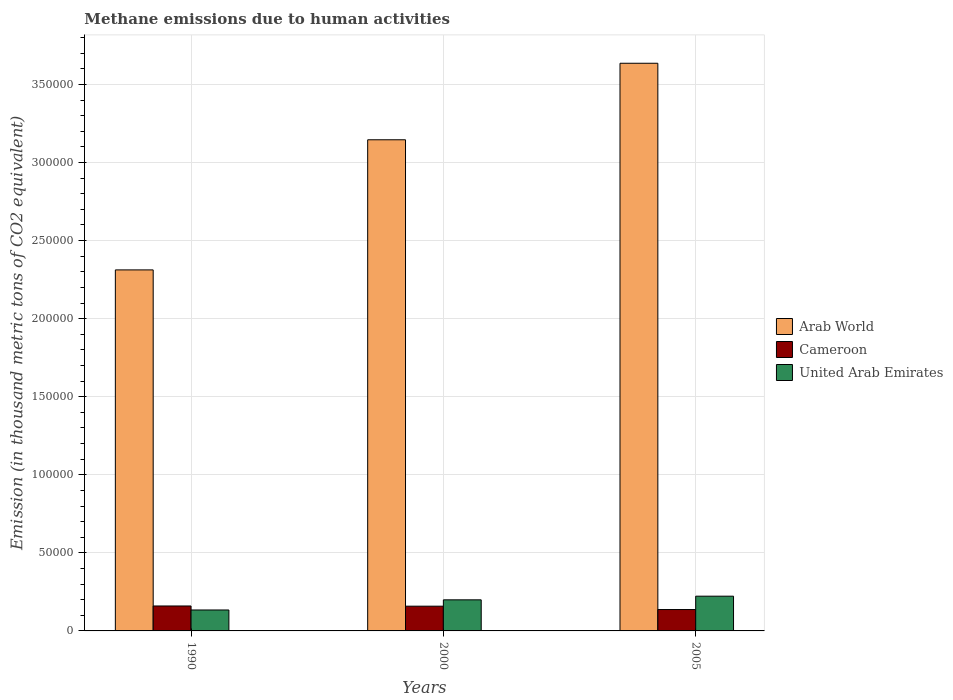
| Years | Arab World | Cameroon | United Arab Emirates |
 | --- | --- | --- | --- |
 | 1990 | 2.31e+05 | 1.6e+04 | 1.34e+04 |
 | 2000 | 3.15e+05 | 1.58e+04 | 1.99e+04 |
 | 2005 | 3.64e+05 | 1.37e+04 | 2.23e+04 |